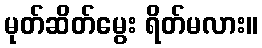
မုတ်ဆိတ်မွေး ရိတ်မလား။